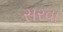
સરવા